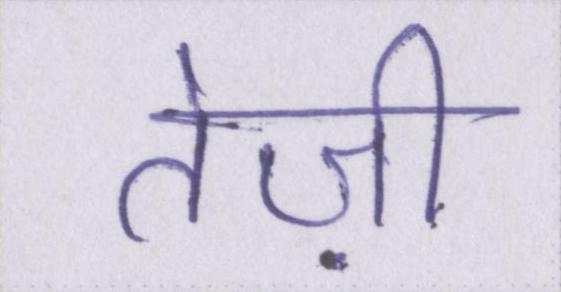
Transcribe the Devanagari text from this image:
तेज़ी